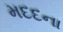
મદદના